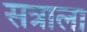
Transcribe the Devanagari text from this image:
सत्राला